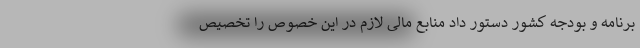
برنامه و بودجه کشور دستور داد منابع مالی لازم در این خصوص را تخصیص